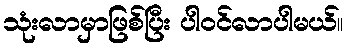
သုံးလာမှာဖြစ်ပြီး ပါဝင်လာပါမယ်။